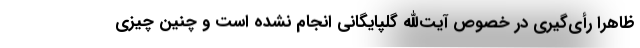
ظاهراً رأی‌گیری در خصوص آیت‌الله گلپایگانی انجام نشده است و چنین چیزی